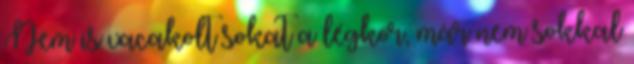
Nem is vacakolt sokat a légkör, már nem sokkal